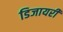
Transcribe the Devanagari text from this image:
डिजायरी